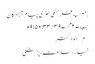
| موسسه فرهنگی هنری پیام آزادگان
جمعه ۲۷ مهر ۱۳۹۷ , ۰۹:۵۰:۳۳
*م/الودکتر
خیار،سلامت،پزشکی